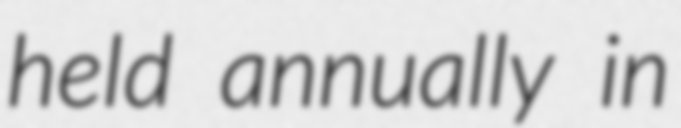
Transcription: held annually in